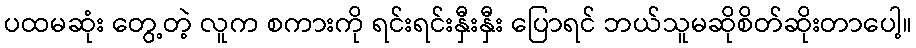
ပထမဆုံး တွေ့တဲ့ လူက စကားကို ရင်းရင်းနှီးနှီး ပြောရင် ဘယ်သူမဆိုစိတ်ဆိုးတာပေါ့။